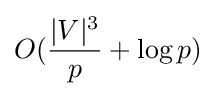
O({\frac {|V|^{3}}{p}}+\log p)